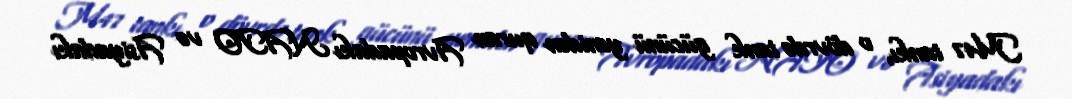
M47 tankı, o dövrdə tank gücünü yenidən quran Avropadakı NATO və Asiyadakı